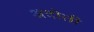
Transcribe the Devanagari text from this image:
अदोती